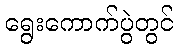
ရွေးကောက်ပွဲတွင်